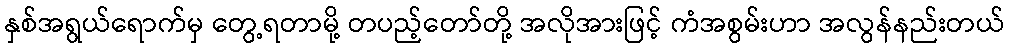
နှစ်အရွယ်ရောက်မှ တွေ့ရတာမို့ တပည့်တော်တို့ အလိုအားဖြင့် ကံအစွမ်းဟာ အလွန်နည်းတယ်